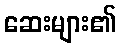
ဆေးများ၏